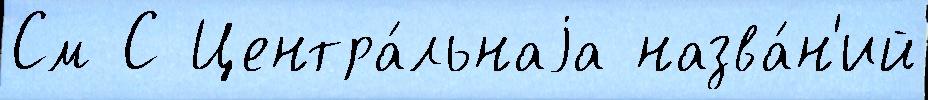
См С Центра́льнаjа назва́н'ий